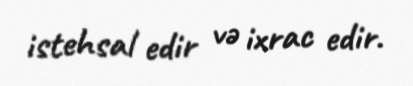
istehsal edir və ixrac edir.